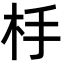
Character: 杽